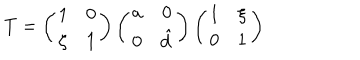
T = \left( \begin{array} { c c } { { 1 } } & { { 0 } } \\ { { \zeta } } & { { 1 } } \\ \end{array} \right) \left( \begin{array} { c c } { { a } } & { { 0 } } \\ { { 0 } } & { { \hat { d } } } \\ \end{array} \right) \left( \begin{array} { c c } { { 1 } } & { { \xi } } \\ { { 0 } } & { { 1 } } \\ \end{array} \right)